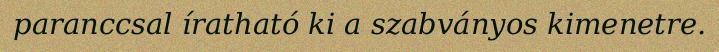
paranccsal íratható ki a szabványos kimenetre.